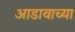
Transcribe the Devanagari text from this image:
आडावाच्या